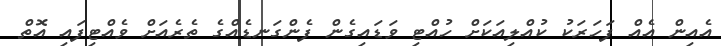
އެއިން އެއް ފަހަރަކު ކުއްލިއަކަށް ހުއްޓި ވަޑައިގެން ފެންގަނޑެއްގެ ތެރެއަށް ވެއްޓިފައި އޮތް